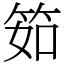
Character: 筎